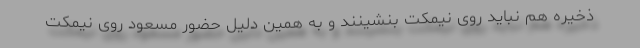
ذخیره هم نباید روی نیمکت بنشینند و به همین دلیل حضور مسعود روی نیمکت